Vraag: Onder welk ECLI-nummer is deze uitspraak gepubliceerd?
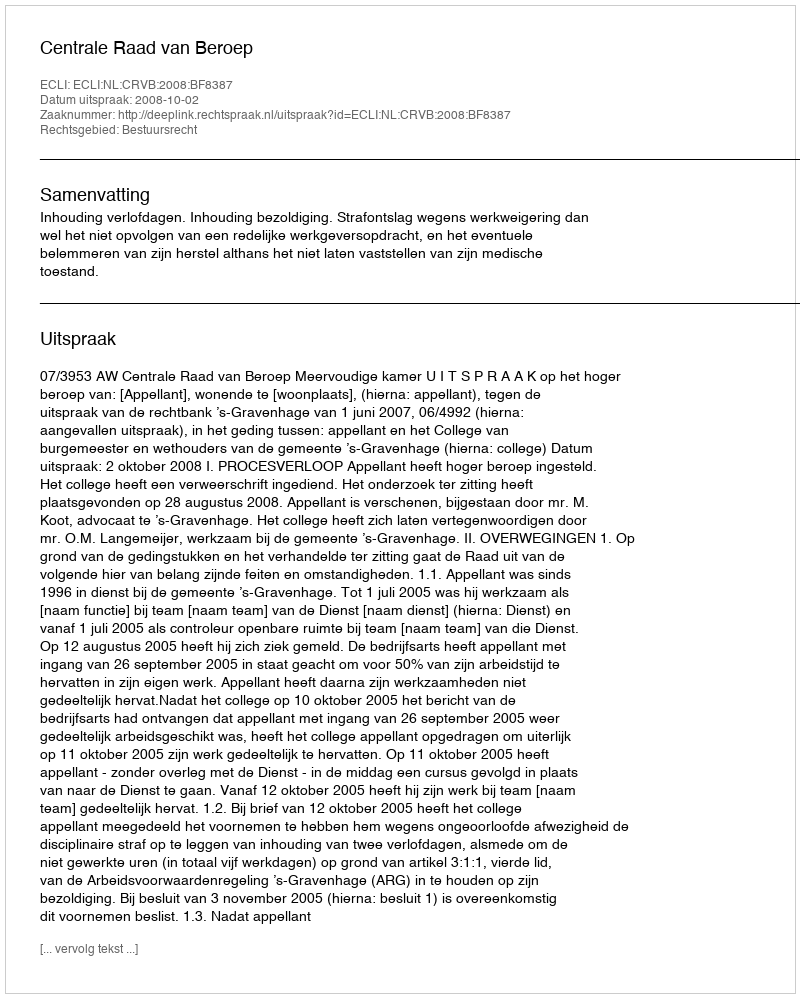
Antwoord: ECLI:NL:CRVB:2008:BF8387